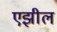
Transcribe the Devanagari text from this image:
एझील